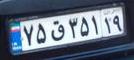
۷۵ق۳۵۱۱۹